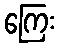
ကြေး